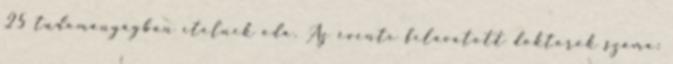
25 tudományágban ítélnek oda. Az évente felavatott doktorok száma: